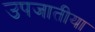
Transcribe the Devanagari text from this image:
उपजातीया